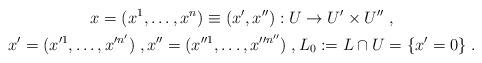
LaTeX: \begin{gather*}x=(x^1,\dots,x^n)\equiv(x',x''):U\to U'\times U''\;,\\x'=(x'^1,\dots,x'^{n'})\;,x''=(x''^{1},\dots,x''^{n''})\;,L_0:=L\cap U=\{x'=0\}\;.\end{gather*}